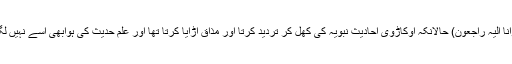
(انا للہ وانا الیہ راجعون) حالانکہ اوکاڑوی احادیث نبویہ کی کھل کر تردید کرتا اور مذاق اڑایا کرتا تھا اور علم حدیث کی ہوابھی اسے نہیں لگی تھی ۔